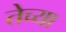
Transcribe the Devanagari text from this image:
तेच्या